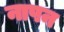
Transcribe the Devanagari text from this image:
नापन